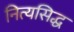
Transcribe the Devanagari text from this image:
नित्यसिद्ध